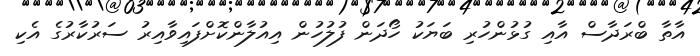
އާތާ ބްރަދާސް އާއި ގުޅުންހުރި ބަޔަކު ހޯދަން ފުލުހުން އިއުލާންކޮށްފައިވާއިރު ސަރުކާރުގެ އެކި